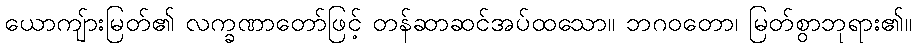
ယောကျ်ားမြတ်၏ လက္ခဏာတော်ဖြင့် တန်ဆာဆင်အပ်ထသော။ ဘဂဝတော၊ မြတ်စွာဘုရား၏။